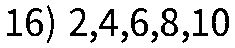
16) 2,4,6,8,10